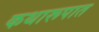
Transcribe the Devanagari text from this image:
कथारूपात